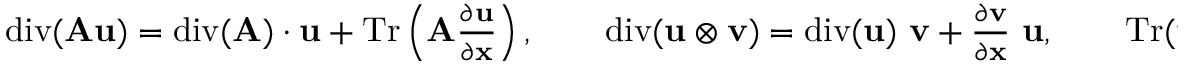
\begin{array} { r } { \mathrm { d i v } ( \mathbf { A } \mathbf { u } ) = \mathrm { d i v } ( \mathbf { A } ) \cdot \mathbf { u } + \mathrm { T r } \left( \mathbf { A } \frac { \partial \mathbf { u } } { \partial \mathbf { x } } \right) , \qquad \mathrm { d i v } ( \mathbf { u } \otimes \mathbf { v } ) = \mathrm { d i v } ( \mathbf { u } ) \ \mathbf { v } + \frac { \partial \mathbf { v } } { \partial \mathbf { x } } \ \mathbf { u } , \qquad \mathrm { T r } ( \mathbf { u } \otimes \mathbf { v } \ \mathbf { A } ) = \mathbf { v } \cdot \mathbf { A } \mathbf { u } . } \end{array}